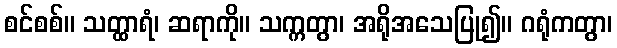
စင်စစ်။ သတ္ထာရံ၊ ဆရာကို။ သက္ကတွာ၊ အရိုအသေပြု၍။ ဂရုံကတွာ၊